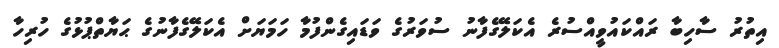
އިތުރު ސާހިބާ ރައްކައުވީއްސުރެ އެކަލޭގެފާނު ސުވަރުގެ ވަޑައިގެންފުމާ ހަމަޔަށް އެކަލޭގެފާނުގެ ޙަޔާތްޕުޅުގެ ހުރިހާ